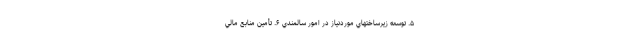
۵. توسعه زيرساختهاي موردنياز در امور سالمندي ۶. تأمين منابع مالي